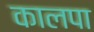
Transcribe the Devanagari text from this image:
कालपा